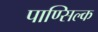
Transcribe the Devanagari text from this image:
पाण्सिल्क